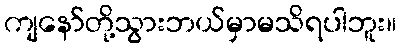
ကျနော်တို့သွားဘယ်မှာမသိရပါဘူး။